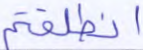
انطلقتم